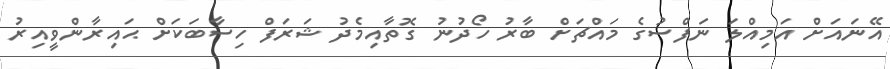
އޭނައަށް އަމިއްލަ ނަފްސުގެ މައްޗަށް ބާރު ހޯދުނު ގޮތާއިމެދު ޝަރަފް ހިސާބަކަށް ޙައިރާންވީއިރު